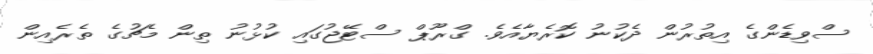
ސްވިޑެންގެ އިތުރުން ދެކުނު ކޮރެޔާއެވެ. ގްރޫޕް ސްޓޭޖުގައި ކުޅުނު ތިން މެޗުގެ ތެރެެއިން